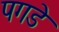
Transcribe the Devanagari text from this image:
पगडे